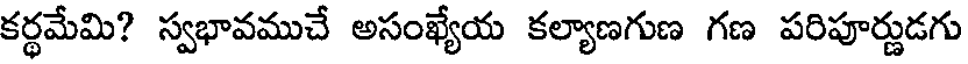
కర్థమేమి? స్వభావముచే అసంఖ్యేయ కల్యాణగుణ గణ పరిపూర్ణుడగు